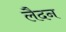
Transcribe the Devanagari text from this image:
लैदन